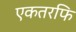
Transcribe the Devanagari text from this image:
एकतरफि